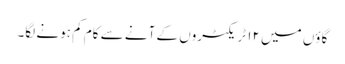
گاؤں میں ۱۲ ٹریکٹروں کے آنے سے کام کم ہونے لگا۔